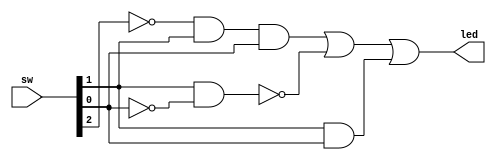
`timescale 1ns / 1ps
//

 module HW1_Proj4(


// Slide Switch Inputs 
	 input [2:0] sw, 
   
// LED Outputs
     output [0:0]led
 );


assign led[0] = (~sw[2] & sw[1] & sw[0]) | ~(sw[1] & ~sw[0]) | (sw[1] & sw[0]);

endmodule